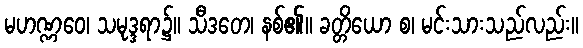
မဟဏ္ဏဝေ၊ သမုဒ္ဒရာ၌။ သီဒတေ၊ နစ်၏။ ခတ္တိယော စ၊ မင်းသားသည်လည်း။